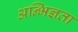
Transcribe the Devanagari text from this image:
अन्भिज्ञता